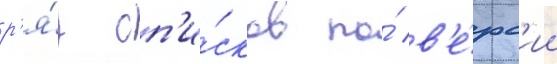
р'я́д сп'и́сков по́ в'е́рс'ии